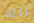
تلك